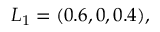
L _ { 1 } = ( 0 . 6 , 0 , 0 . 4 ) ,